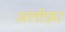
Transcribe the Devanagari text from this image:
अलोफ़ा